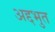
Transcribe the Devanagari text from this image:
अद्दभुत